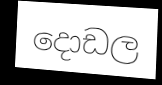
දොඩල